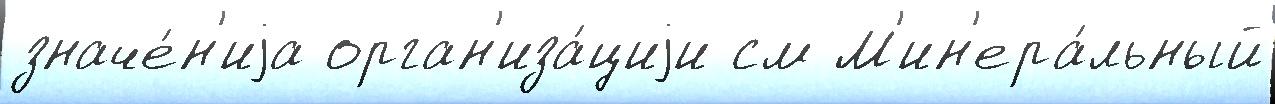
значе́н'иjа орган'иза́циjи см М'ин'ера́льный